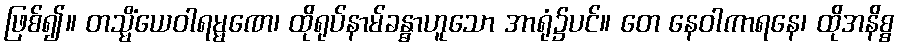
ဖြစ်၍။ တသ္မိံယေဝါရမ္မဏေ၊ ထိုရုပ်နာမ်ခန္ဓာဟူသော အာရုံ၌ပင်။ တေ နေဝါကာရနေ၊ ထိုအနိစ္စ